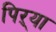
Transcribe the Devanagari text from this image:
पिऱ्या